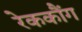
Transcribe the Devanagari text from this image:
रेककौंग